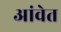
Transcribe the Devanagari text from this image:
आंवेत